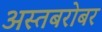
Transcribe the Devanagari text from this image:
अस्तबरोबर